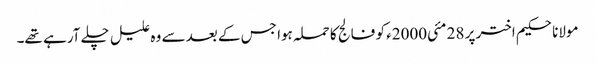
مولانا حکیم اختر پر 28 مئی2000ء کو فالج کا حملہ ہوا جس کے بعد سے وہ علیل چلے آرہے تھے۔